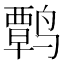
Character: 𫜃